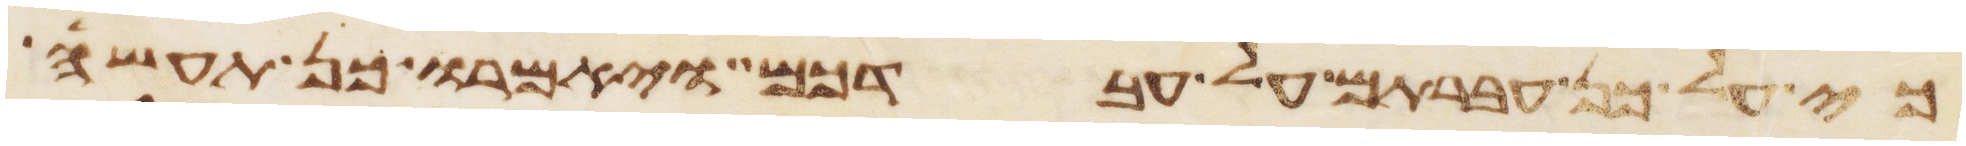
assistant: כי על כן עברתם על עבדכם ויאמרו כן תעשה